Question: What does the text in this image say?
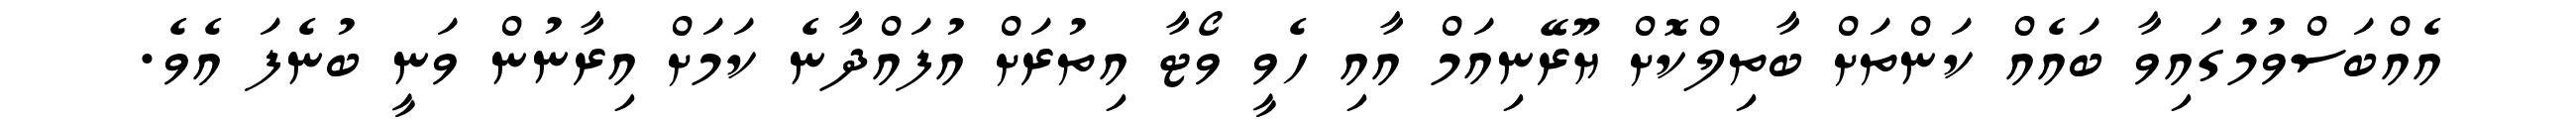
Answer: އެއްބަސްވުމުގައިވާ ބައެއް ކަންތަށް ބާތިލްކޮށް ޔޫރޭނިއަމް އާއި ހެވީ ވޯޓާ އިތުރަށް އުފައްދާނެ ކަމަށް އިރާނުން ވަނީ ބުނެފަ އެވެ.